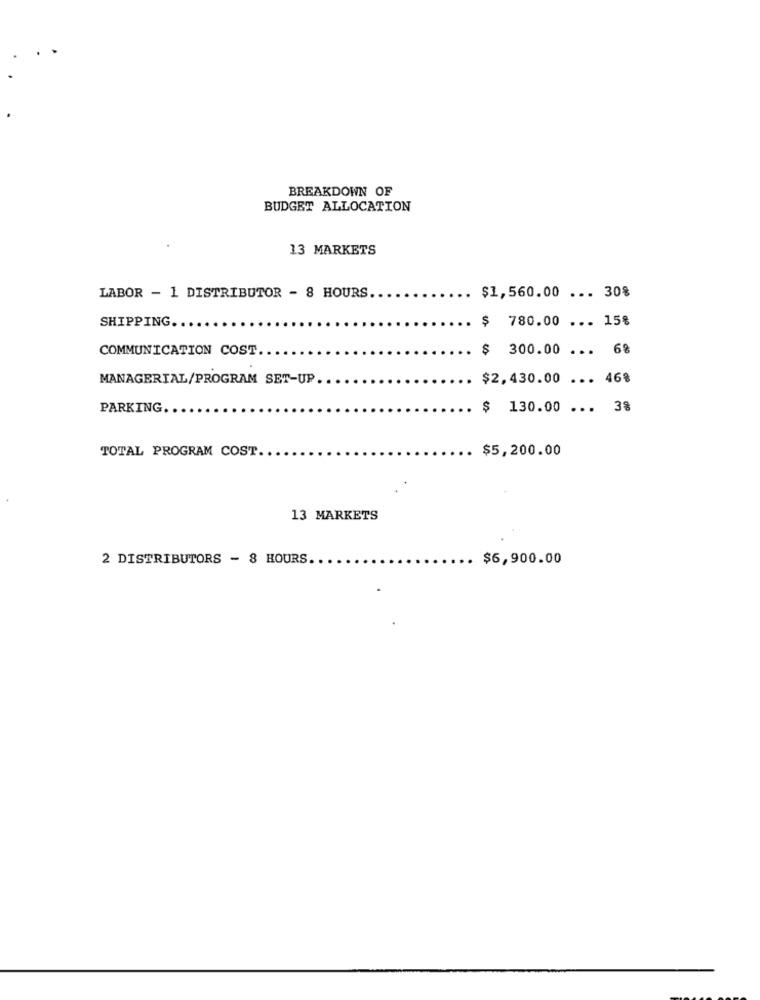
BREAKDOWN OF
BUDGET ALLOCATION
13 MARKETS
LABOR - 1 DISTRIBUTOR - 8 HOURS.
$1,560.00 ... 30%
SHIPPING.
$ 780.00 ... 15%
COMMUNICATION COST
$ 300.00 ... 6%
MANAGERIAL/PROGRAM SET-UP.
$2,430.00 ... 46%
PARKING.
$ 130.00 ... 38
TOTAL PROGRAM COST.
$5,200.00
13 MARKETS
2 DISTRIBUTORS - 8 HOURS.
$6,900.00